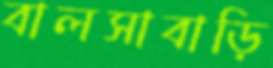
বালসাবাড়ি